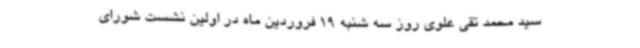
سید محمد تقی علوی روز سه شنبه 19 فروردین ماه در اولین نشست شورای